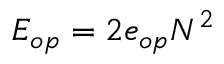
E _ { o p } = 2 e _ { o p } N ^ { 2 }